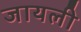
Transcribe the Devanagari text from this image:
जायली